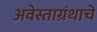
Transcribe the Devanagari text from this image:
अवेस्ताग्रंथाचे